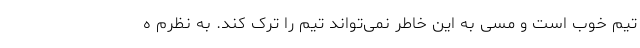
تیم خوب است و مسی به این خاطر نمی‌تواند تیم را ترک کند. به نظرم ه